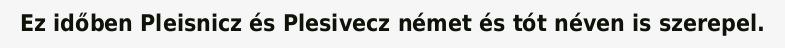
Ez időben Pleisnicz és Plesivecz német és tót néven is szerepel.